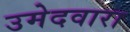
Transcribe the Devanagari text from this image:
उमेदवारा